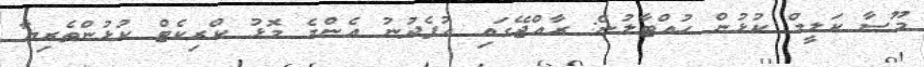
މޫސާ ކަލީމް ކުޅުން ހުއްޓާލުން: ރާއްޖޭގައި އުފެދުނު އެންމެ މޮޅު ކްރިކެޓް ކުޅުންތެރިޔާ